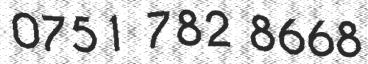
0751 782 8668